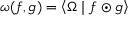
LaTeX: \omega ( f , g ) = \left\langle \Omega \mid f \odot g \right\rangle